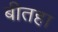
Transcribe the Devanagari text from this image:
बीतहा